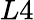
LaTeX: L4